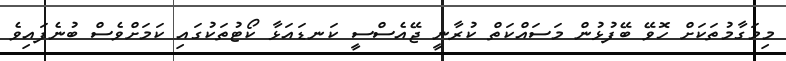
މިމަގާމުތަކަށް ހޮވޭ ބޭފުޅުން މަސައްކަތް ކުރާނީ ޖޭއެސްސީ ކަނޑައަޅާ ކޯޓުތަކުގައި ކަމަށްވެސް ބުނެފައިވެ